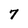
Character: 7